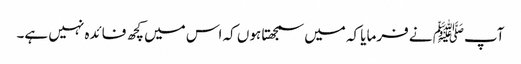
آپﷺ نے فرمایا کہ میں سمجھتا ہوں کہ اس میں کچھ فائدہ نہیں ہے۔